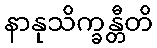
နာနုသိက္ခန္တီတိ